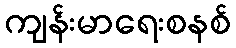
ကျန်းမာရေးစနစ်